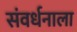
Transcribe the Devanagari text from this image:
संवर्धनाला